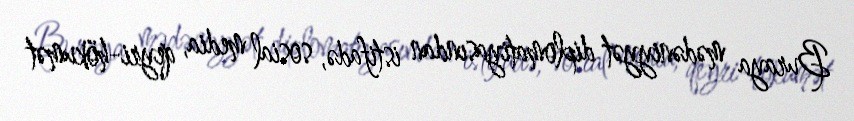
Buraya mədəniyyət diplomatiyasından istifadə, sosial media, qeyri-hökumət